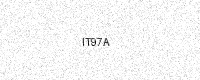
Text: IT97A